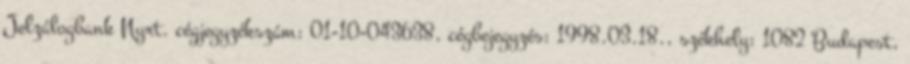
Jelzálogbank Nyrt. cégjegyzékszám: 01-10-043638, cégbejegyzés: 1998.03.18., székhely: 1082 Budapest,